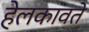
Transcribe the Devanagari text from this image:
हेलकावते